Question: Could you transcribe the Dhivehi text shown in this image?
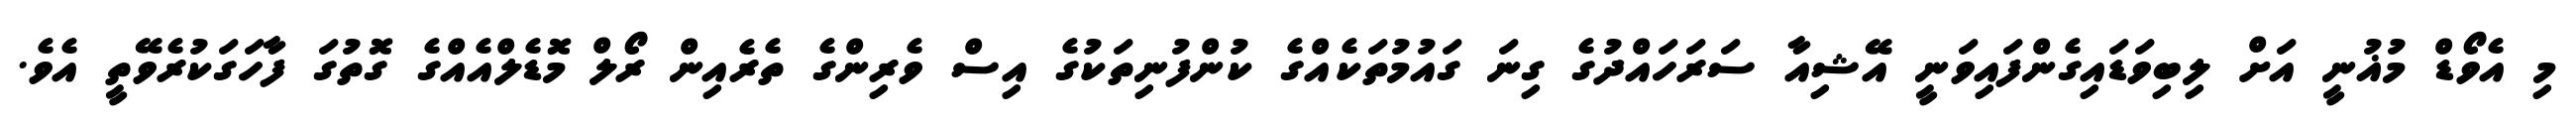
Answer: މި އެވޯޑް މުޣުނީ އަށް ލިބިވަޑައިގެންފައިވަނީ އޭޝިއާ ސަރަހައްދުގެ ގިނަ ގައުމުތަކެއްގެ ކުންފުނިތަކުގެ އިސް ވެރިންގެ ތެރެއިން ރޯލް މޮޑެލްއެއްގެ ގޮތުގަ ފާހަގަކުރެވޭތީ އެވެ.